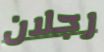
رجلان